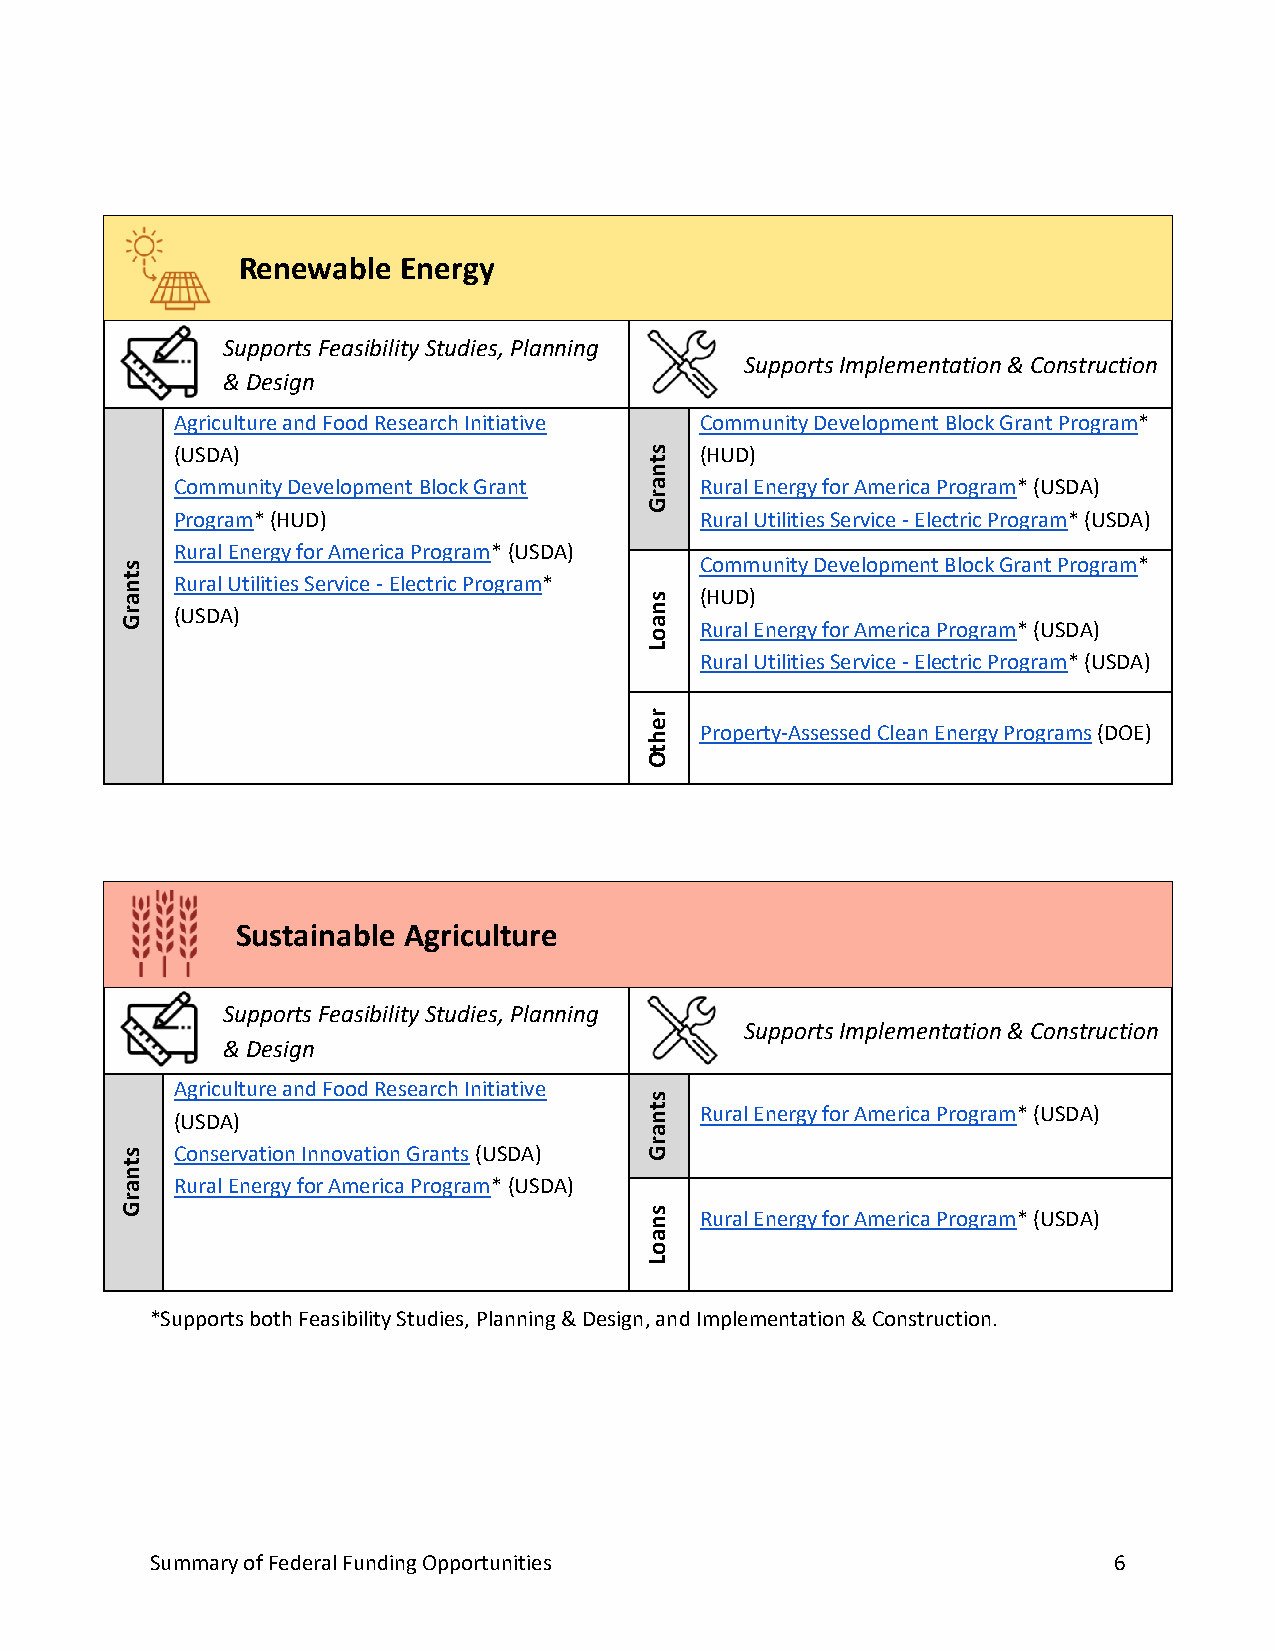
Renewable  Energy
 Supports Feasibility Studies, Planning
 Supports Implementation & Construction
 & Design
 Agriculture and Food Research Initiative Community Development Block Grant Program*
 (USDA)                         s  (HUD)
 t
 n
 Community Development Block Grant a Rural Energy for America Program* (USDA)
 r
 G
 Program* (HUD)                    Rural Utilities Service - Electric Program* (USDA)
 Rural Energy for America Program* (USDA)
 s                                     Community Development Block Grant Program*
 t n
 a
 Rural Utilities Service - Electric Program*
 s  (HUD)
 r   (USDA)                         n
 G                                  a  Rural Energy for America Program* (USDA)
 o
 L
 Rural Utilities Service - Electric Program* (USDA)
 r
 e  Property-Assessed Clean Energy Programs (DOE)
 h
 t
 O
 Sustainable Agriculture
 Supports Feasibility Studies, Planning
 Supports Implementation & Construction
 & Design
 Agriculture and Food Research Initiative
 s
 (USDA)                         t n Rural Energy for America Program* (USDA)
 a
 r
 s   Conservation Innovation Grants (USDA) G
 t
 n
 a   Rural Energy for America Program* (USDA)
 r
 G                                  s  Rural Energy for America Program* (USDA)
 n
 a
 o
 L
 *Supports both Feasibility Studies, Planning & Design, and Implementation & Construction.
 Summary of Federal Funding Opportunities                        6